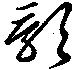
影